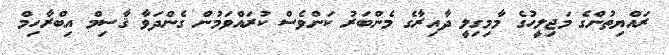
ރައްޔިތުންގެ މަޖިލީހުގެ މާމިގިލީ ދާއިރާގެ މެންބަރު ކަންވެސް ކުރައްވަމުން ގެންދަވާ ޤާސިމް އިބްރާހިމް